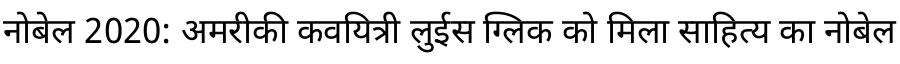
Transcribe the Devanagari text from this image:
नोबेल 2020: अमरीकी कवयित्री लुईस ग्लिक को मिला साहित्य का नोबेल